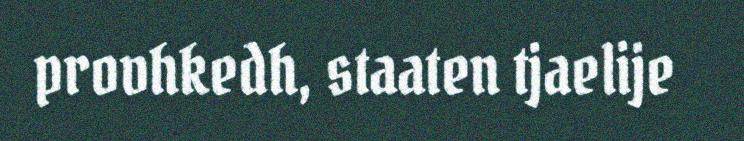
provhkedh, staaten tjaelije